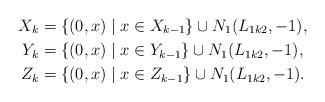
LaTeX: \begin{align*}X_k&=\{(0,x)\mid x \in X_{k-1}\} \cup N_1(L_{1k2},-1), \\ Y_k&=\{(0,x)\mid x \in Y_{k-1}\} \cup N_1(L_{1k2},-1), \\ Z_k&=\{(0,x)\mid x \in Z_{k-1}\} \cup N_1(L_{1k2},-1). \end{align*}